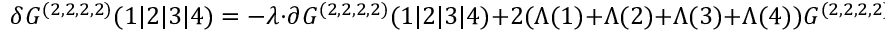
\delta G ^ { ( 2 , 2 , 2 , 2 ) } ( 1 \vert 2 \vert 3 \vert 4 ) = - \lambda \cdot \partial G ^ { ( 2 , 2 , 2 , 2 ) } ( 1 \vert 2 \vert 3 \vert 4 ) + 2 ( \Lambda ( 1 ) + \Lambda ( 2 ) + \Lambda ( 3 ) + \Lambda ( 4 ) ) G ^ { ( 2 , 2 , 2 , 2 ) } ( 1 \vert 2 \vert 3 \vert 4 ) \; .